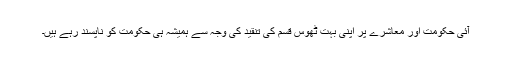
آئی حکومت اور معاشرے پر اپنی بہت ٹھوس قسم کی تنقيد کی وجہ سے ہميشہ ہی حکومت کو ناپسند رہے ہيں۔